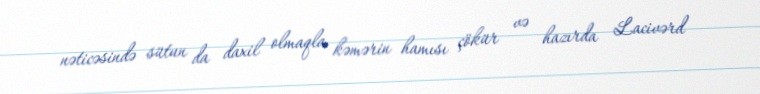
nəticəsində sütun da daxil olmaqla kəmərin hamısı çökür və hazırda Lacivərd